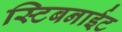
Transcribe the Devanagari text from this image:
स्टिबनाईट